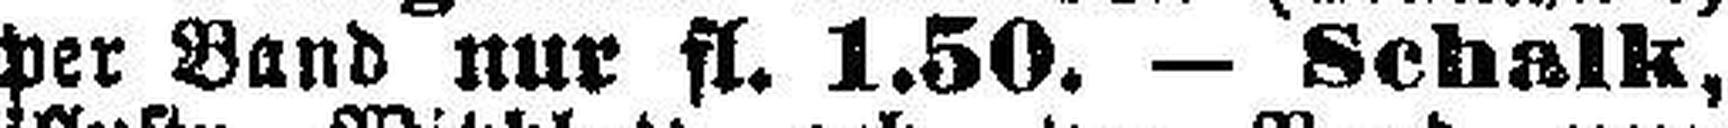
per Band nur fl. 1.50. — Schalk,